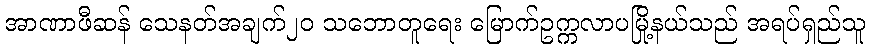
အာဏာဖီဆန် သေနတ်အချက်၂၀ သဘောတူရေး မြောက်ဥက္ကလာပမြို့နယ်သည် အရပ်ရှည်သူ